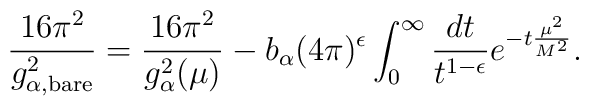
\frac{16\pi^2}{g_{\alpha,{\scriptstyle\rm bare}}^2} =\frac{16\pi^2}{g_{\alpha}^2(\mu)} -b_\alpha(4\pi)^\epsilon\int_0^\infty\frac{dt}{t^{1-\epsilon}}e^{-t\frac{\mu^2}{M^2}}.